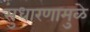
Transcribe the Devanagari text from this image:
सुधारणामुळे